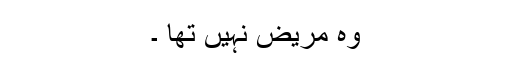
وہ مریض نہیں تھا ۔